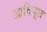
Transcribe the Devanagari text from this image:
आदिमूल